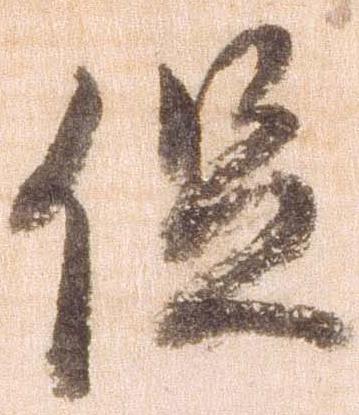
促